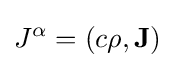
J^{\alpha }=(c\rho ,\mathbf {J} )